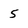
Character: 5